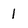
Character: 1